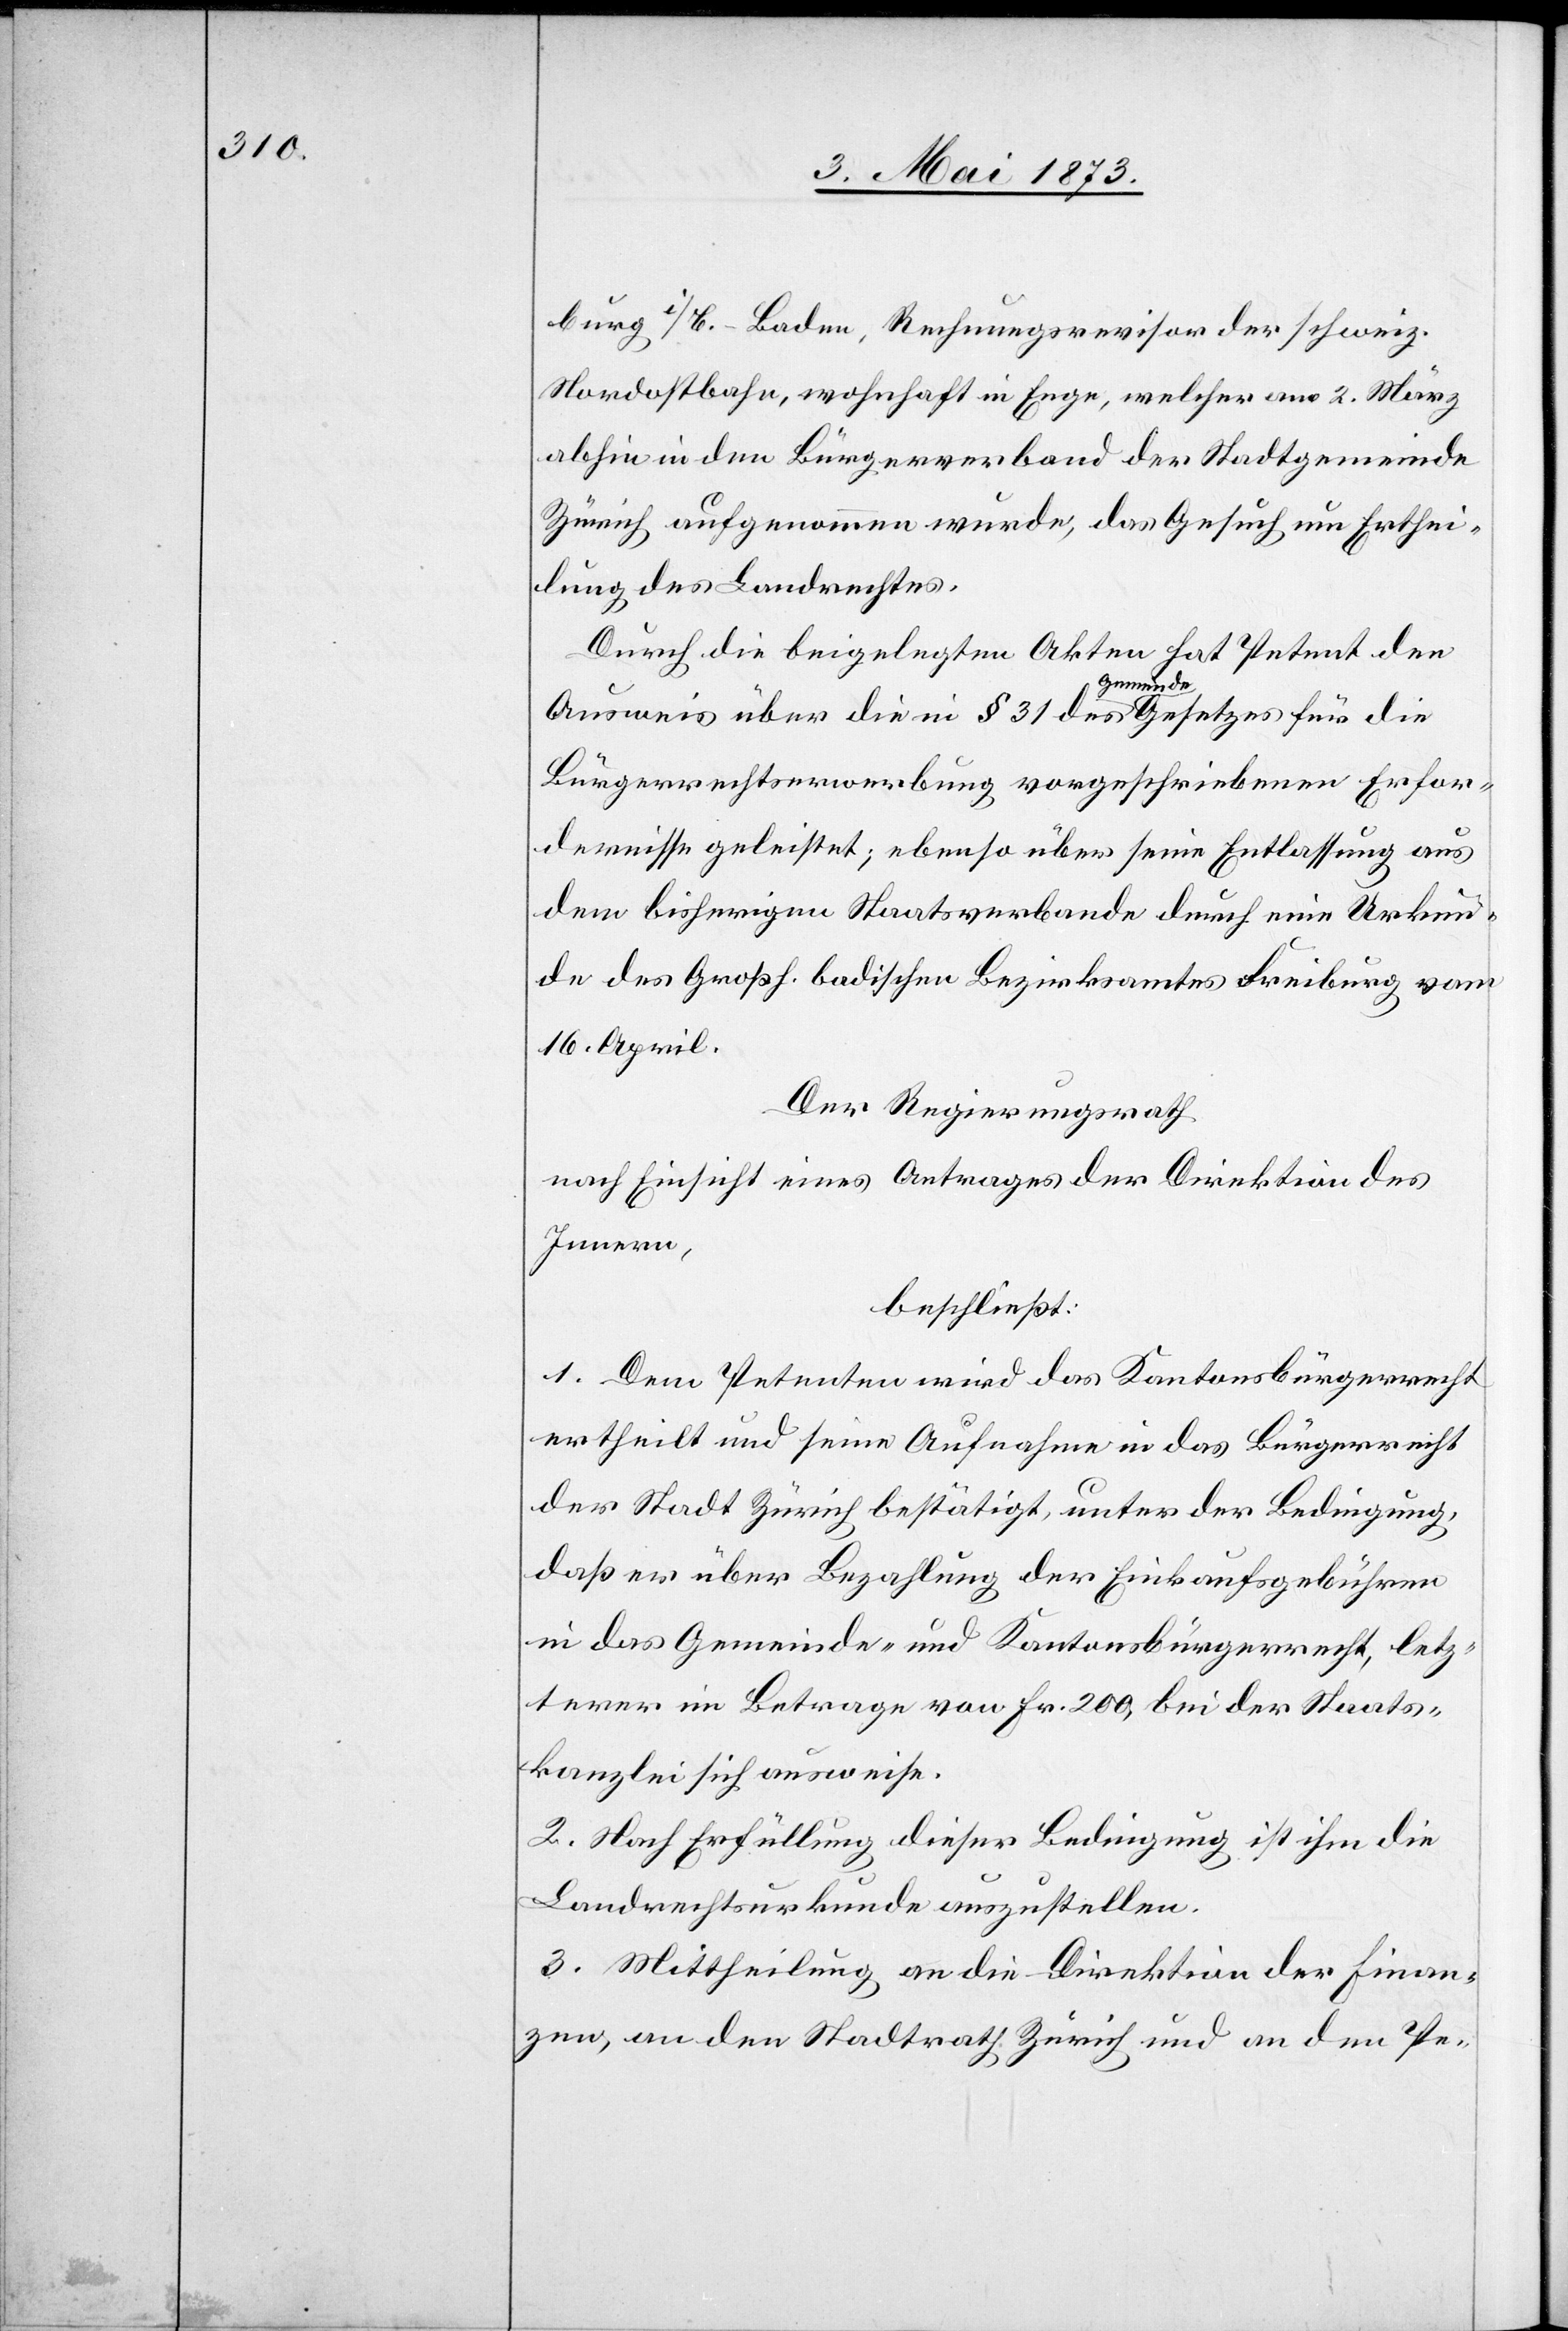
burg i/B.-Baden, Rechnungsrevisor der schweiz.
Nordostbahn, wohnhaft in Enge, welcher am 2. März
abhin in den Bürgerverband der Stadtgemeinde
Zürich aufgenommen wurde, das Gesuch um Erthei¬
lung des Landrechtes.
Durch die beigelegten Akten hat Petent den
Ausweis über die in § 31 des Gemeindegesetzes für die
Bürgerrechtserwerbung vorgeschriebenen Erfor¬
dernisse geleistet; ebenso über seine Entlassung aus
dem bisherigen Staatsverbande durch eine Urkun¬
de des Großh. badischen Bezirksamtes Freiburg vom
16. April.
Der Regierungsrath
nach Einsicht eines Antrages der Direktion des
Innern,
beschließt:
1. Dem Petenten wird das Kantonsbürgerrecht
ertheilt und seine Aufnahme in das Bürgerrecht
der Stadt Zürich bestätigt, unter der Bedingung,
daß er über Bezahlung der Einkaufsgebühren
in das Gemeinde- und Kantonsbürgerrecht, letz¬
terer im Betrage von Fr. 200, bei der Staats¬
kanzlei sich ausweise.
2. Nach Erfüllung dieser Bedingung ist ihm die
Landrechtsurkunde auszustellen.
3. Mittheilung an die Direktion der Finan¬
zen, an den Stadtrath Zürich und an den Pe-